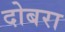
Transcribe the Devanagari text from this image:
दोबरा